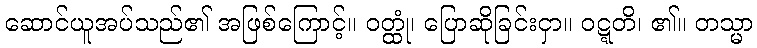
ဆောင်ယူအပ်သည်၏ အဖြစ်ကြောင့်။ ဝတ္ထုံ၊ ပြောဆိုခြင်းငှာ။ ဝဋ္ဋတိ၊ ၏။ တသ္မာ